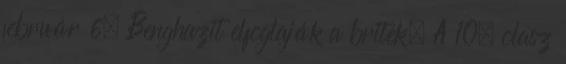
február 6. Benghazit elfoglaják a britek. A 10. olasz